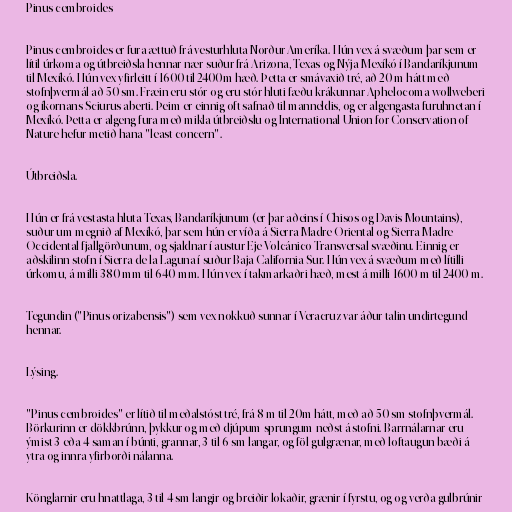
Pinus cembroides

Pinus cembroides er fura ættuð frá vesturhluta Norður-Ameríka. Hún vex á svæðum þar sem er
lítil úrkoma og útbreiðsla hennar nær suður frá Arizona, Texas og Nýja-Mexíkó í Bandaríkjunum
til Mexíkó. Hún vex yfirleitt í 1600 til 2400m hæð. Þetta er smávaxið tré, að 20 m hátt með
stofnþvermál að 50 sm. Fræin eru stór og eru stór hluti fæðu krákunnar Aphelocoma wollweberi
og íkornans Sciurus aberti. Þeim er einnig oft safnað til manneldis, og er algengasta furuhnetan í
Mexíkó. Þetta er algeng fura með mikla útbreiðslu og International Union for Conservation of
Nature hefur metið hana "least concern".

Útbreiðsla.

Hún er frá vestasta hluta Texas, Bandaríkjunum (er þar aðeins í Chisos og Davis Mountains),
suður um megnið af Mexíkó, þar sem hún er víða á Sierra Madre Oriental og Sierra Madre
Occidental fjallgörðunum, og sjaldnar í austur Eje Volcánico Transversal svæðinu. Einnig er
aðskilinn stofn í Sierra de la Laguna í suður Baja California Sur. Hún vex á svæðum með lítilli
úrkomu, á milli 380 mm til 640 mm. Hún vex í takmarkaðri hæð, mest á milli 1600 m til 2400 m.

Tegundin ("Pinus orizabensis") sem vex nokkuð sunnar í Veracruz var áður talin undirtegund
hennar.

Lýsing.

"Pinus cembroides" er lítið til meðalstóst tré, frá 8 m til 20m hátt, með að 50 sm stofnþvermál.
Börkurinn er dökkbrúnn, þykkur og með djúpum sprungum neðst á stofni. Barrnálarnar eru
ýmist 3 eða 4 saman í búnti, grannar, 3 til 6 sm langar, og föl gulgrænar, með loftaugun bæði á
ytra og innra yfirborði nálanna.

Könglarnir eru hnattlaga, 3 til 4 sm langir og breiðir lokaðir, grænir í fyrstu, og og verða gulbrúnir